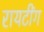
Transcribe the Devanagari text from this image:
रायटींग